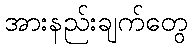
အားနည်းချက်တွေ